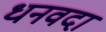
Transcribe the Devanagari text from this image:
धनवदा